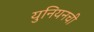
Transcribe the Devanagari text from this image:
युनियनची